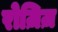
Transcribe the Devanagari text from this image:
रोज़िज़